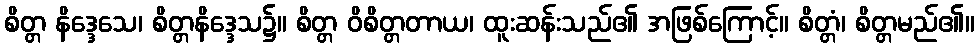
စိတ္တ နိဒ္ဒေသေ၊ စိတ္တနိဒ္ဒေသ၌။ စိတ္တ ဝိစိတ္တတာယ၊ ထူးဆန်းသည်၏ အဖြစ်ကြောင့်။ စိတ္တံ၊ စိတ္တမည်၏။